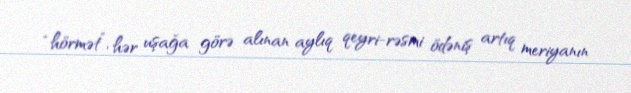
“hörmət”, hər uşağa görə alınan aylıq qeyri-rəsmi ödəniş artıq meriyanın